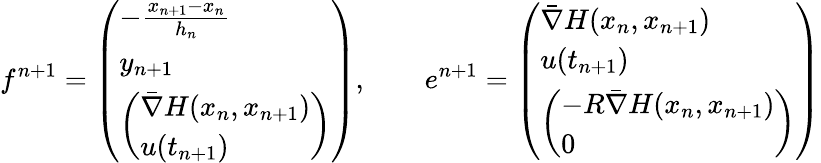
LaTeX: f^{n+1}=\left(\begin{array}{l}{-\frac{x_{n+1}-x_{n}}{h_{n}}}\\ {y_{n+1}}\\ {\left(\begin{array}{l}{\bar{\nabla}H(x_{n},x_{n+1})}\\ {u(t_{n+1})}\end{array}\right)}\end{array}\right),\qquad e^{n+1}=\left(\begin{array}{l}{\bar{\nabla}H(x_{n},x_{n+1})}\\ {u(t_{n+1})}\\ {\left(\begin{array}{l}{-R\bar{\nabla}H(x_{n},x_{n+1})}\\ {0}\end{array}\right)}\end{array}\right)